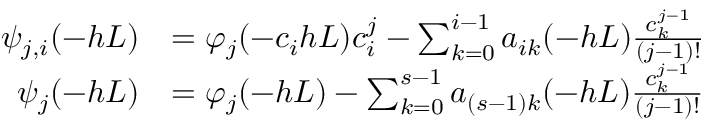
\begin{array} { r l } { \psi _ { j , i } ( - h L ) } & { = \varphi _ { j } ( - c _ { i } h L ) c _ { i } ^ { j } - \sum _ { k = 0 } ^ { i - 1 } a _ { i k } ( - h L ) \frac { c _ { k } ^ { j - 1 } } { ( j - 1 ) ! } } \\ { \psi _ { j } ( - h L ) } & { = \varphi _ { j } ( - h L ) - \sum _ { k = 0 } ^ { s - 1 } a _ { ( s - 1 ) k } ( - h L ) \frac { c _ { k } ^ { j - 1 } } { ( j - 1 ) ! } } \end{array}